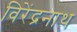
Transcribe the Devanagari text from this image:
विरेंद्रनाथ